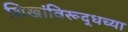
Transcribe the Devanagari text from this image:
शिखांविरूद्धच्या